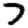
Digit: 7